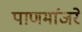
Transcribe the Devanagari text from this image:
पाणमांजरे